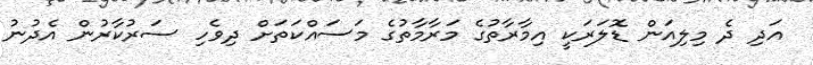
އަދި ދެ މިލިއަން ޑޮލަރަކީ އިމާރާތުގެ މަރާމާތުގެ މަސައްކަތަށް ދިވެހި ސަރުކާރުން އެދުނު